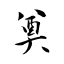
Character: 奠